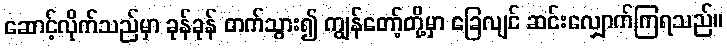
ဆောင့်လိုက်သည်မှာ ခုန်ခုန် တက်သွား၍ ကျွန်တော့်တို့မှာ ခြေလျင် ဆင်းလျှောက်ကြရသည်။